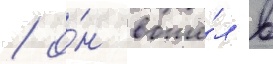
/ о́н вошё́л в